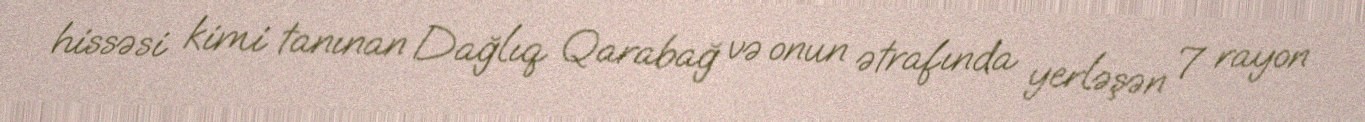
hissəsi kimi tanınan Dağlıq Qarabağ və onun ətrafında yerləşən 7 rayon